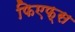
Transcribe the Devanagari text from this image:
फिएफ्स